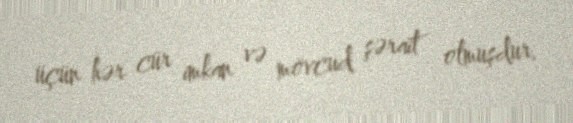
üçün hər cür imkan və mövcud şərait olmuşdur.